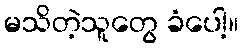
မသိတဲ့သူတွေ ခံပေါ့။